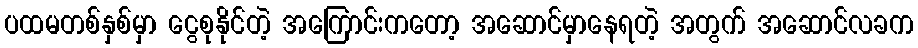
ပထမတစ်နှစ်မှာ ငွေစုနိုင်တဲ့ အကြောင်းကတော့ အဆောင်မှာနေရတဲ့ အတွက် အဆောင်လခက